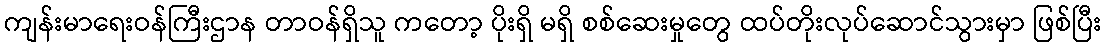
ကျန်းမာရေးဝန်ကြီးဌာန တာဝန်ရှိသူ ကတော့ ပိုးရှိ မရှိ စစ်ဆေးမှုတွေ ထပ်တိုးလုပ်ဆောင်သွားမှာ ဖြစ်ပြီး